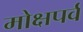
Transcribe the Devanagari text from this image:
मोक्षपर्व